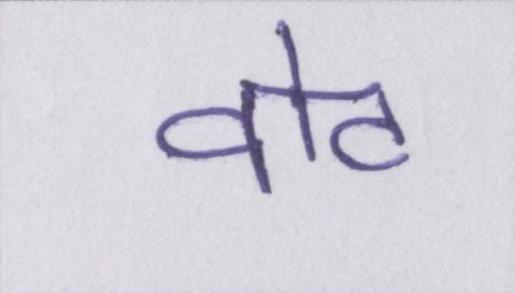
वोट